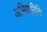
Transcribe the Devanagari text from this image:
अभियांत्रिकि